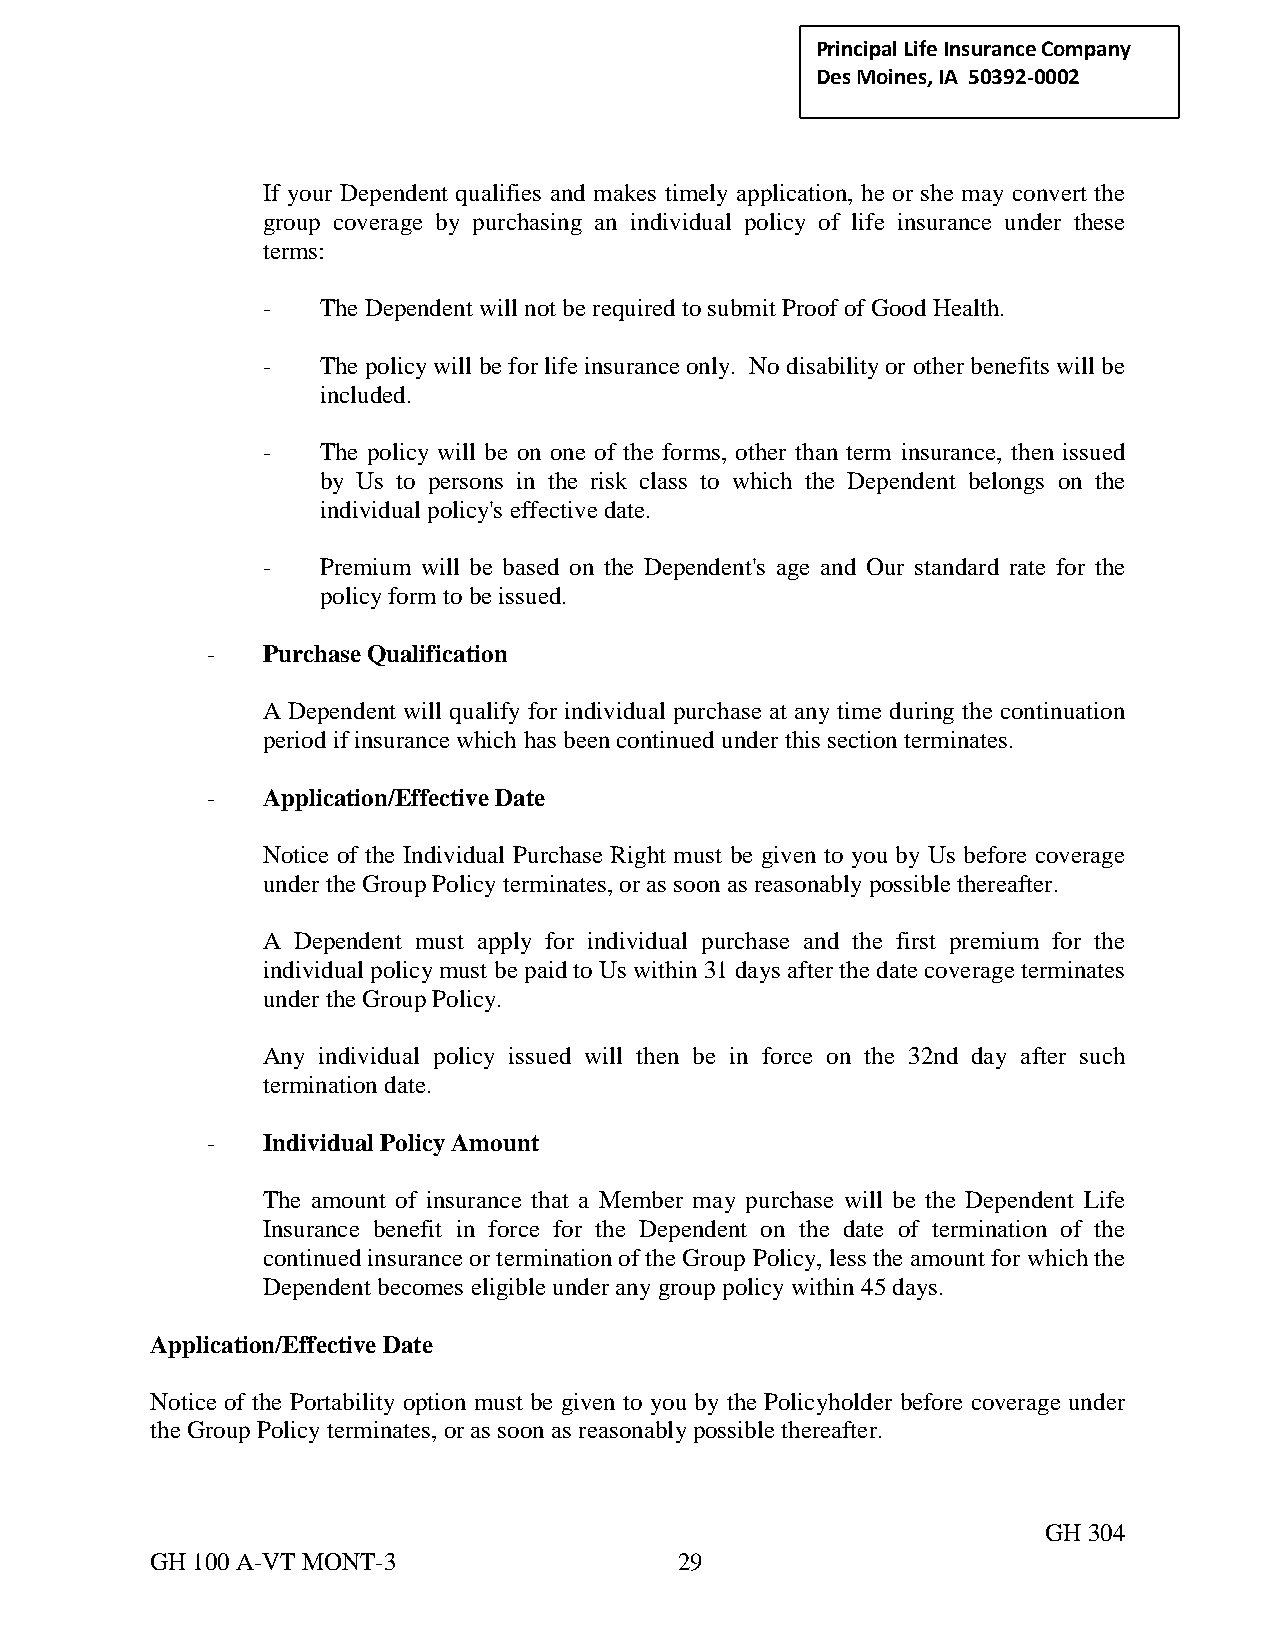
Principal Life Insurance C ompany
 Des Moines, IA 50392-0002
 If your Dependent qualifies and makes timely application, he or she may convert the
 group coverage by purchasing an individual policy of life insurance under these
 terms:
 -   The Dependent will not be required to submit Proof of Good Health.
 -   The policy will be for life insurance only. No disability or other benefits will be
 included.
 -   The policy will be on one of the forms, other than term insurance, then issued
 by Us to persons in the risk class to which the Dependent belongs on the
 individual policy's effective date.
 -   Premium will be based on the Dependent's age and Our standard rate for the
 policy form to be issued.
 -  Purchase Qualification
 A Dependent will qualify for individual purchase at any time during the continuation
 period if insurance which has been continued under this section terminates.
 -  Application/Effective Date
 Notice of the Individual Purchase Right must be given to you by Us before coverage
 under the Group Policy terminates, or as soon as reasonably possible thereafter.
 A Dependent must apply for individual purchase and the first premium for the
 individual policy must be paid to Us within 31 days after the date coverage terminates
 under the Group Policy.
 Any individual policy issued will then be in force on the 32nd day after such
 termination date.
 -  Individual Policy Amount
 The amount of insurance that a Member may purchase will be the Dependent Life
 Insurance benefit in force for the Dependent on the date of termination of the
 continued insurance or termination of the Group Policy, less the amount for which the
 Dependent becomes eligible under any group policy within 45 days.
 Application/Effective Date
 Notice of the Portability option must be given to you by the Policyholder before coverage under
 the Group Policy terminates, or as soon as reasonably possible thereafter.
 GH 304
 GH 100 A-VT MONT-3                 29